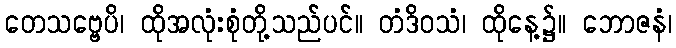
တေသဗ္ဗေပိ၊ ထိုအလုံးစုံတို့သည်ပင်။ တံဒိဝသံ၊ ထိုနေ့၌။ ဘောဇနံ၊